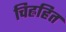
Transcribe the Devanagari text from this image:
चिह्नहित